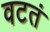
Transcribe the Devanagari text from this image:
वटतं